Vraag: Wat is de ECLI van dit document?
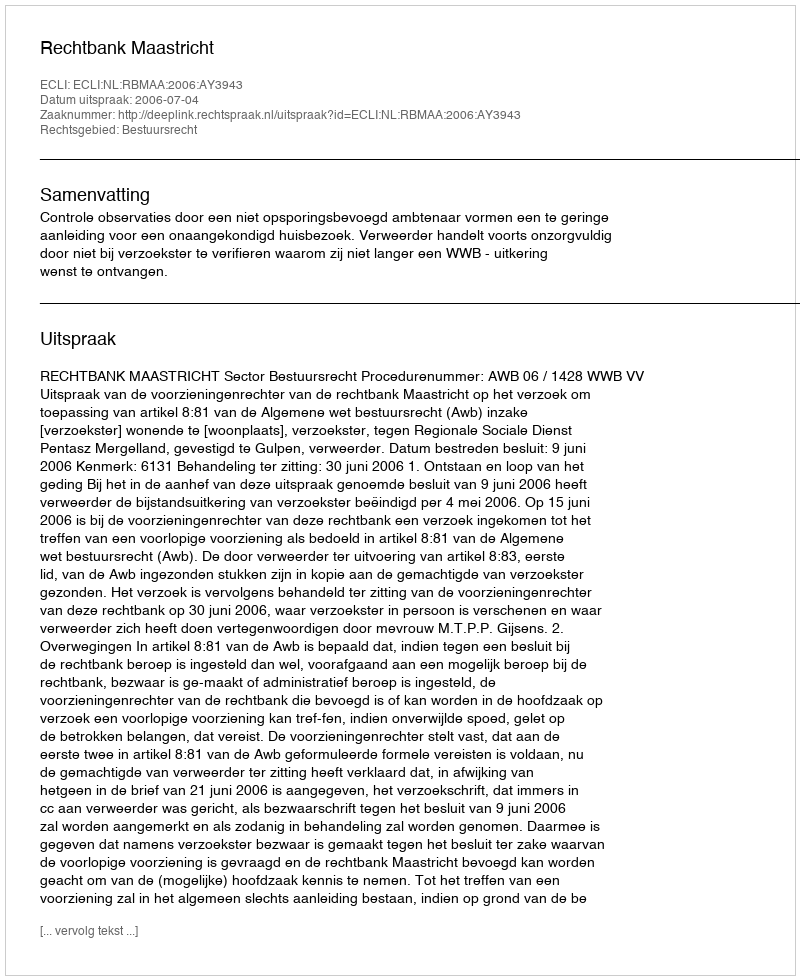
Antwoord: ECLI:NL:RBMAA:2006:AY3943